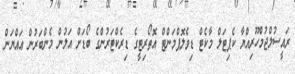
ރައީސުލްޖުމްހޫރިއްޔާ ކެޕިޓަލް މާކެޓް ޑިވެލޮޕްމަންޓް އޮތޯރިޓީގެ ޑިރެކްޓަރުންގެ ބޯޑަށް އަލުން މެންބަރުން ޢައްޔަން